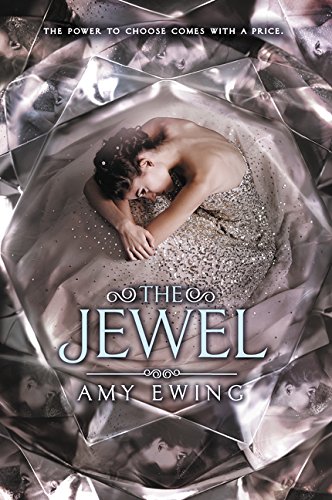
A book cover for The Jewel; Amy Ewing; Teen & Young Adult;